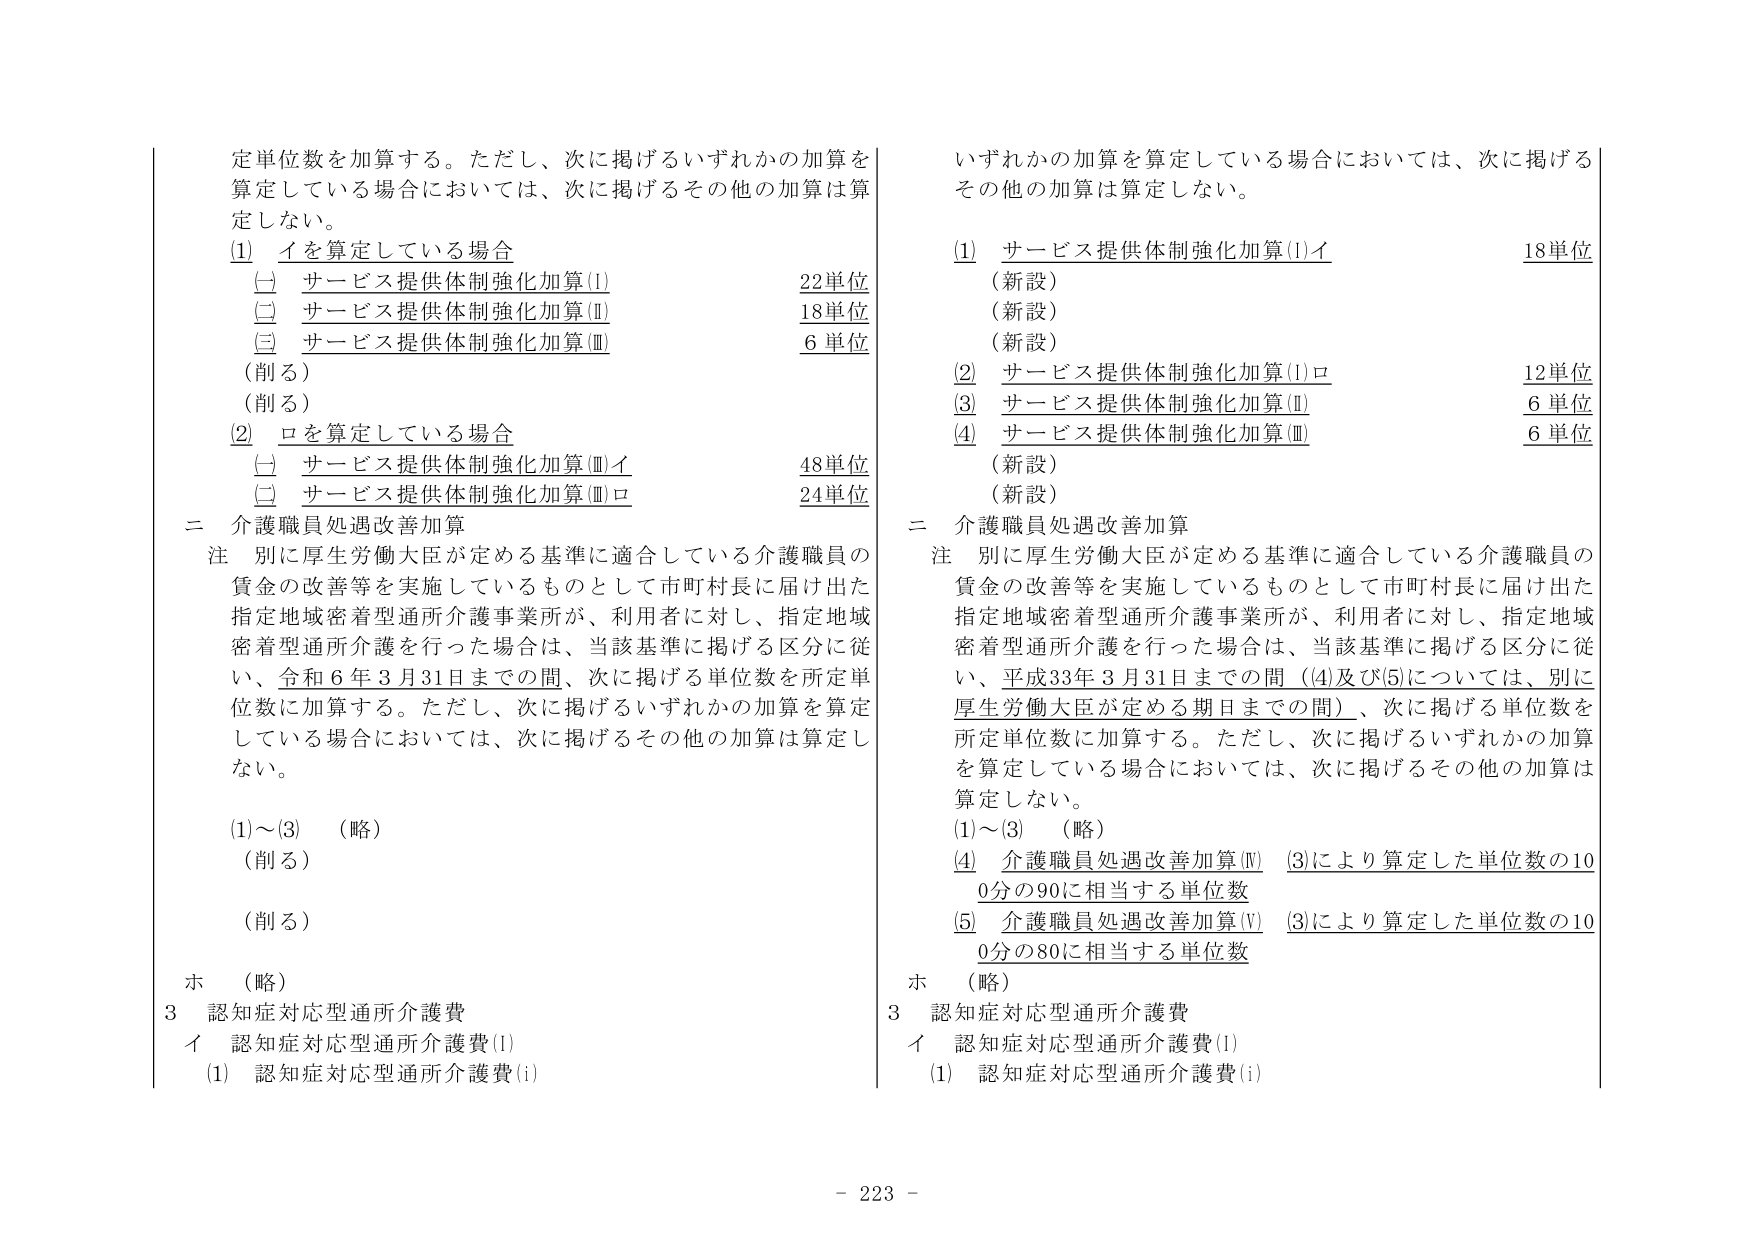
定単位数を加算する。ただし、次に掲げるいずれかの加算を算定している場合においては、次に掲げるその他の加算は算定しない。

(1) イを算定している場合
　(一) サービス提供体制強化加算(Ⅰ)　　　　　　　22単位
　(二) サービス提供体制強化加算(Ⅱ)　　　　　　　18単位
　(三) サービス提供体制強化加算(Ⅲ)　　　　　　　6単位
　（削る）
　（削る）

(2) ロを算定している場合
　(一) サービス提供体制強化加算(Ⅲ)イ　　　　　　48単位
　(二) サービス提供体制強化加算(Ⅲ)ロ　　　　　　24単位

二 介護職員処遇改善加算
注 別に厚生労働大臣が定める基準に適合している介護職員の賃金の改善等を実施しているものとして市町村長に届け出た指定地域密着型通所介護事業所が、利用者に対し、指定地域密着型通所介護を行った場合は、当該基準に掲げる区分に従い、令和6年3月31日までの間、次に掲げる単位数を所定単位数に加算する。ただし、次に掲げるいずれかの加算を算定している場合においては、次に掲げるその他の加算は算定しない。

(1)～(3) （略）
（削る）
（削る）

ホ （略）

3 認知症対応型通所介護費
イ 認知症対応型通所介護費(Ⅰ)
　(1) 認知症対応型通所介護費(i)

いずれかの加算を算定している場合においては、次に掲げるその他の加算は算定しない。

(1) サービス提供体制強化加算(Ⅰ)イ　　　　　　　18単位
　（新設）
　（新設）
　（新設）
(2) サービス提供体制強化加算(Ⅰ)ロ　　　　　　　12単位
(3) サービス提供体制強化加算(Ⅱ)　　　　　　　　6単位
(4) サービス提供体制強化加算(Ⅲ)　　　　　　　　6単位
　（新設）
　（新設）

二 介護職員処遇改善加算
注 別に厚生労働大臣が定める基準に適合している介護職員の賃金の改善等を実施しているものとして市町村長に届け出た指定地域密着型通所介護事業所が、利用者に対し、指定地域密着型通所介護を行った場合は、当該基準に掲げる区分に従い、平成33年3月31日までの間（(4)及び(5)については、別に厚生労働大臣が定める期日までの間）、次に掲げる単位数を所定単位数に加算する。ただし、次に掲げるいずれかの加算を算定している場合においては、次に掲げるその他の加算は算定しない。

(1)～(3) （略）
(4) 介護職員処遇改善加算(Ⅳ)　(3)により算定した単位数の100分の90に相当する単位数
(5) 介護職員処遇改善加算(Ⅴ)　(3)により算定した単位数の100分の80に相当する単位数

ホ （略）

3 認知症対応型通所介護費
イ 認知症対応型通所介護費(Ⅰ)
　(1) 認知症対応型通所介護費(i)

- 223 -